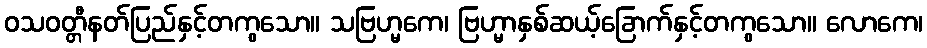
ဝသဝတ္တီနတ်ပြည်နှင့်တကွသော။ သဗြဟ္မကေ၊ ဗြဟ္မာနှစ်ဆယ့်ခြောက်နှင့်တကွသော။ လောကေ၊